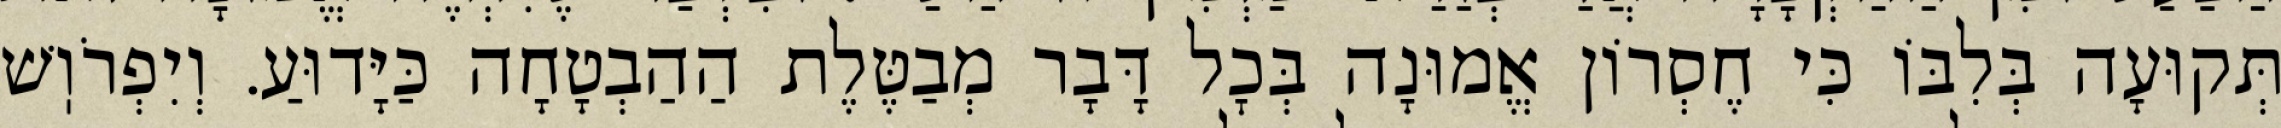
תְּקוּעָה בְּלִבּוֹ כִּי חֶסְרוֹן אֱמוּנָה בְּכׇל דָּבָר מְבַטֶּלֶת הַהַבְטָחָה כַּיָּדוּעַ. וְיִפְרֹוֽשׁ